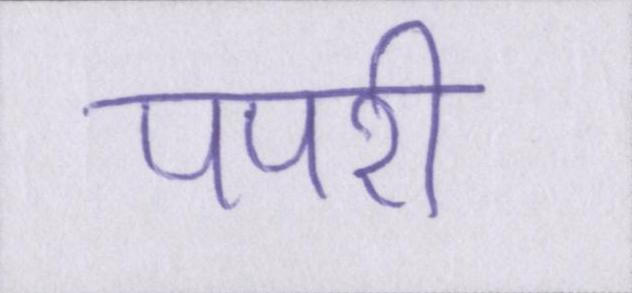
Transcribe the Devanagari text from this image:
पपरी